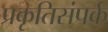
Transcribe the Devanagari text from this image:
प्रकृतिसंपर्क